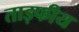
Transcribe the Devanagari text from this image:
ताड़फीय